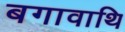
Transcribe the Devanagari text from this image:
बगावाथि